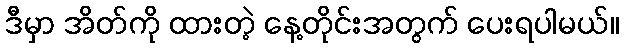
ဒီမှာ အိတ်ကို ထားတဲ့ နေ့တိုင်းအတွက် ပေးရပါမယ်။